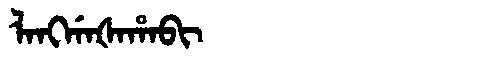
Manchu: ᠯᠠᠩᡤᠠᡧᠠᡥᠠᠪᡳ
Romanization: LANGGAŠAHABI